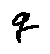
q